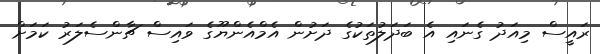
ރައީސް މިއަދު ގެނައި އެ ބަދަލުތަކުގެ ދަށުން އެމްއެންޔޫގެ ވައިސް ޗާންސެލަރު ކަމަށް